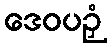
ဒေဝပဉှံ